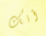
أنك